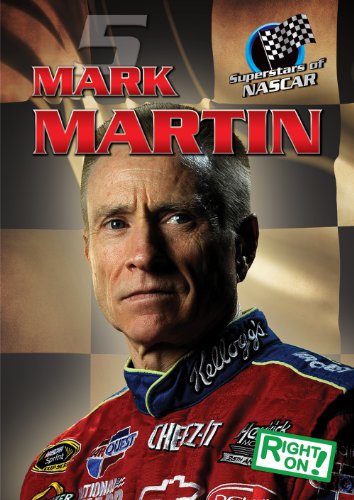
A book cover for Mark Martin (Superstars of Nascar); Bill Holmes; Children's Books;